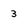
Character: 3